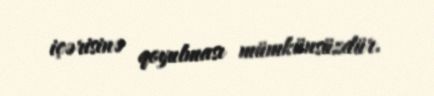
içərisinə qoyulması mümkünsüzdür.